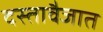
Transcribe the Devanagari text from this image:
दस्तावैजात